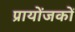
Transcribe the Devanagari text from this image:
प्रायोंजकों